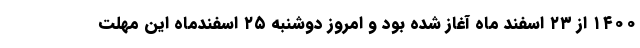
۱۴۰۰ از ۲۳ اسفند ماه آغاز شده بود و امروز دوشنبه ۲۵ اسفندماه این مهلت